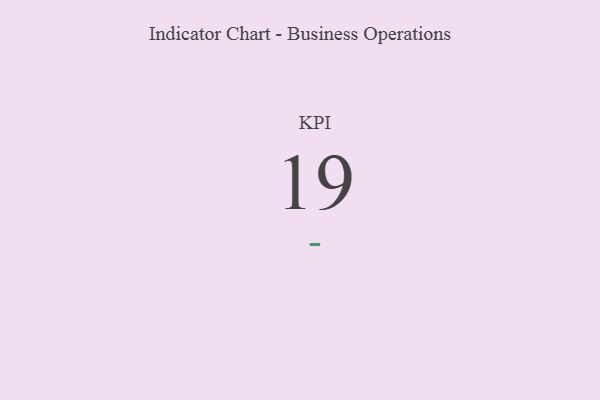
{"axis": {"x": "KPI", "y": "Value"}, "legend": [""], "data": [{"x": "KPI", "y": 19, "type": ""}]}